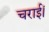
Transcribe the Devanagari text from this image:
चराईं।